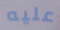
عليه